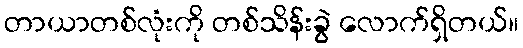
တာယာတစ်လုံးကို တစ်သိန်းခွဲ လောက်ရှိတယ်။